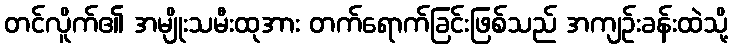
တင်လိူက်၏ အမျိုးသမီးထုအား တက်ရောက်ခြင်းဖြစ်သည် အကျဉ်းခန်းထဲသို့